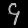
Digit: ၄